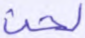
لحن